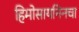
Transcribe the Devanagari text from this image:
हिमोसायनिनचा